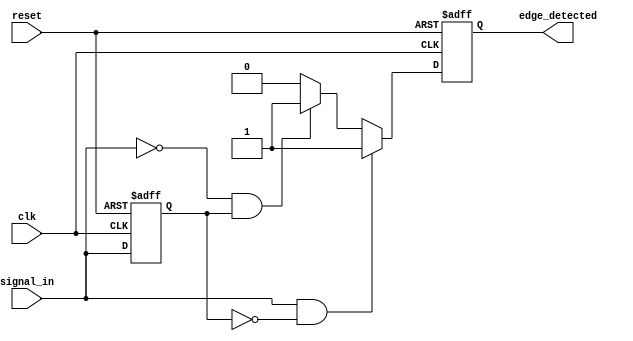
module dual_edge_detector (
    input wire clk,           // Clock signal
    input wire reset,         // Asynchronous reset signal
    input wire signal_in,     // Input signal to detect edges
    output reg edge_detected   // Output signal indicating edge detection
);

    // State variable to hold the previous value of signal_in
    reg signal_in_prev;

    // Edge detection logic
    always @(posedge clk or posedge reset) begin
        if (reset) begin
            signal_in_prev <= 1'b0; // Initialize previous state to low
            edge_detected <= 1'b0;   // Initialize edge_detected to low
        end else begin
            // Detect rising and falling edges
            if (signal_in && !signal_in_prev) begin
                edge_detected <= 1'b1;  // Rising edge detected
            end else if (!signal_in && signal_in_prev) begin
                edge_detected <= 1'b1;  // Falling edge detected
            end else begin
                edge_detected <= 1'b0;  // No edge detected
            end

            // Update previous state
            signal_in_prev <= signal_in;
        end
    end

endmodule